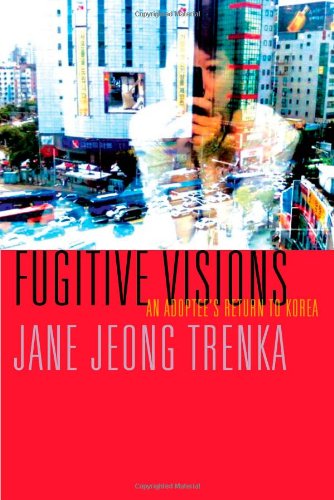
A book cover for Fugitive Visions: An Adoptee's Return to Korea; Jane Jeong Trenka; Travel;